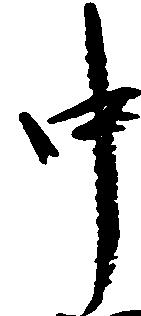
中